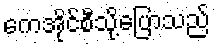
ကေအိုင်စီသို့ပြောသည်